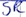
Text: SR